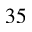
3 5